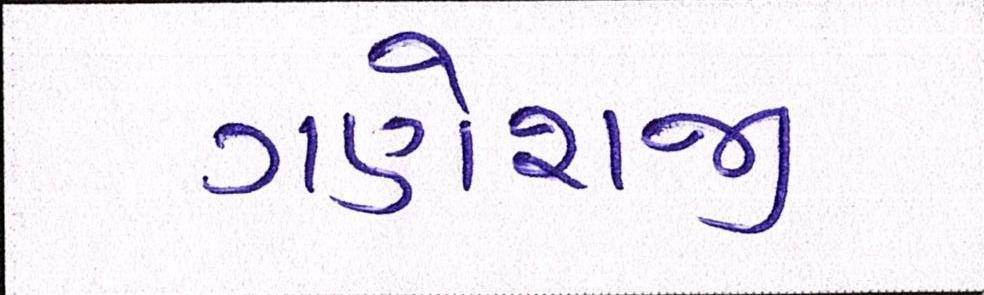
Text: ગણેશજી